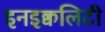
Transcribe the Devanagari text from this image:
इनइक्वलिटी